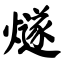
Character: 燧